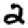
Digit: 2